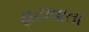
હટાવાતા